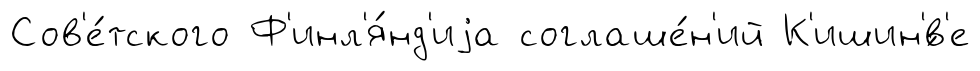
Сов'е́тского Ф'инл'я́нд'иjа соглаше́н'ий К'ишин'́в'е